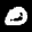
Label: 0